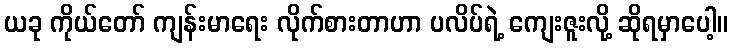
ယခု ကိုယ်တော် ကျန်းမာရေး လိုက်စားတာဟာ ပလိပ်ရဲ့ ကျေးဇူးလို့ ဆိုရမှာပေါ့။